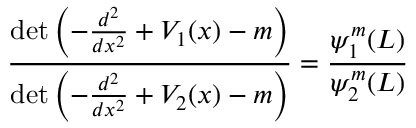
{ \frac { \operatorname* { d e t } \left( - { \frac { d ^ { 2 } } { d x ^ { 2 } } } + V _ { 1 } ( x ) - m \right) } { \operatorname* { d e t } \left( - { \frac { d ^ { 2 } } { d x ^ { 2 } } } + V _ { 2 } ( x ) - m \right) } } = { \frac { \psi _ { 1 } ^ { m } ( L ) } { \psi _ { 2 } ^ { m } ( L ) } }